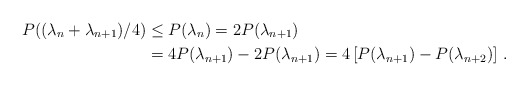
\begin{align*} P((\lambda_{n}+\lambda_{n+1})/4) & \leq P(\lambda_{n})=2P(\lambda_{n+1})\\ & = 4P(\lambda_{n+1})-2P(\lambda_{n+1}) = 4\left[P(\lambda_{n+1})-P(\lambda_{n+2})\right]\,.\end{align*}